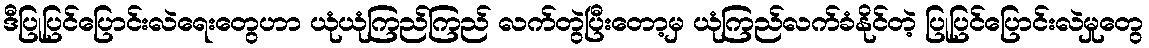
ဒီပြုပြင်ပြောင်းလဲရေးတွေဟာ ယုံယုံကြည်ကြည် လက်တွဲပြီးတော့မှ ယုံကြည်လက်ခံနိုင်တဲ့ ပြုပြင်ပြောင်းလဲမှုတွေ